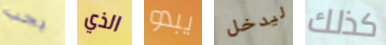
يجب الذي يبدو ليدخل كذلك